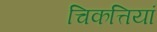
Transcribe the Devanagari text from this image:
चिकत्तियां